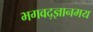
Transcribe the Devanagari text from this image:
भगवद्ज्ञानमय